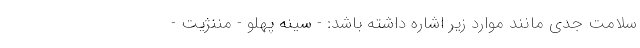
سلامت جدی مانند موارد زیر اشاره داشته باشد: - سینه پهلو - مننژیت -